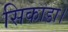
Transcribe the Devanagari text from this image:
सिकाडा।